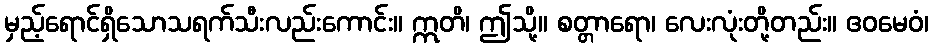
မှည့်ရောင်ရှိသောသရက်သီးလည်းကောင်း။ ဣတိ၊ ဤသို့။ စတ္တာရော၊ လေးလုံးတို့တည်း။ ဧဝမေဝံ၊